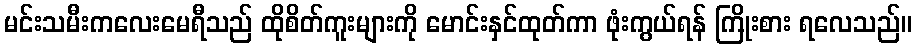
မင်းသမီးကလေးမေရီသည် ထိုစိတ်ကူးများကို မောင်းနှင်ထုတ်ကာ ဖုံးကွယ်ရန် ကြိုးစား ရလေသည်။